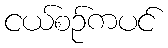
ငယ်စဉ်ကပင်